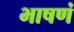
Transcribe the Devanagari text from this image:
भाषणं